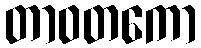
တာဝတကော